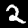
Digit: 2